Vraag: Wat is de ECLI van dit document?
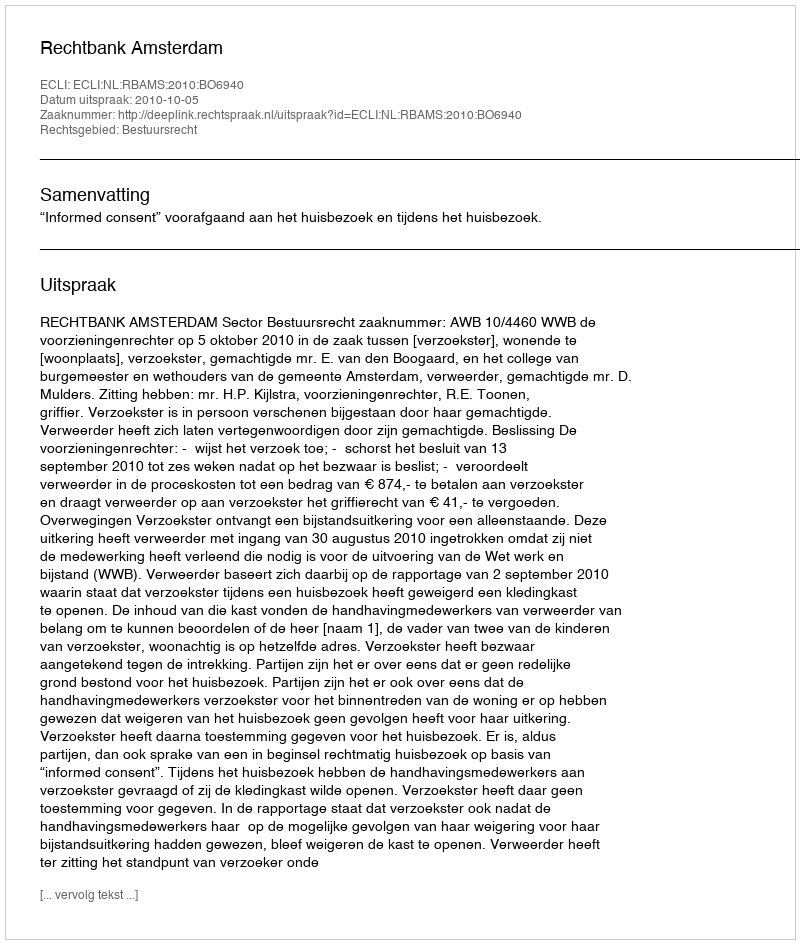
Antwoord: ECLI:NL:RBAMS:2010:BO6940